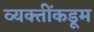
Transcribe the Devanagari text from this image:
व्यक्तींकडूम